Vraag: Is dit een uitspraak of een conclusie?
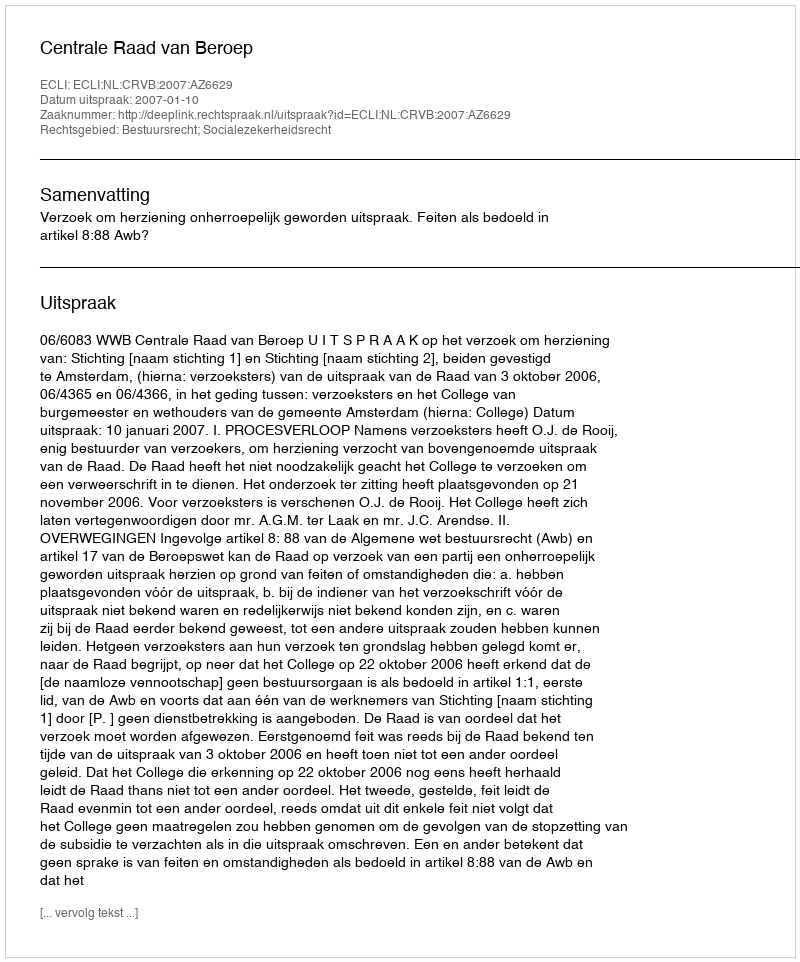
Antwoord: Uitspraak